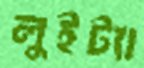
লুইট্যা